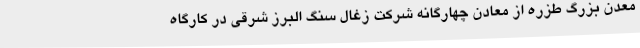
معدن بزرگ طزره از معادن چهارگانه شرکت زغال سنگ البرز شرقی در کارگاه